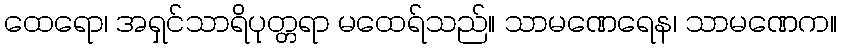
ထေရော၊ အရှင်သာရိပုတ္တရာ မထေရ်သည်။ သာမဏေရေန၊ သာမဏေက။